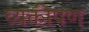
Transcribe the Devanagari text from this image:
व्यक्तीपण